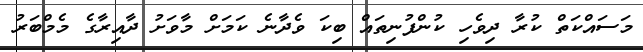
މަސައްކަތް ކުރާ ދިވެހި ކުންފުނިތައް ބިކަ ވެދާނެ ކަަމަށް މާވަށު ދާއިރާގެ މެމްބަރު